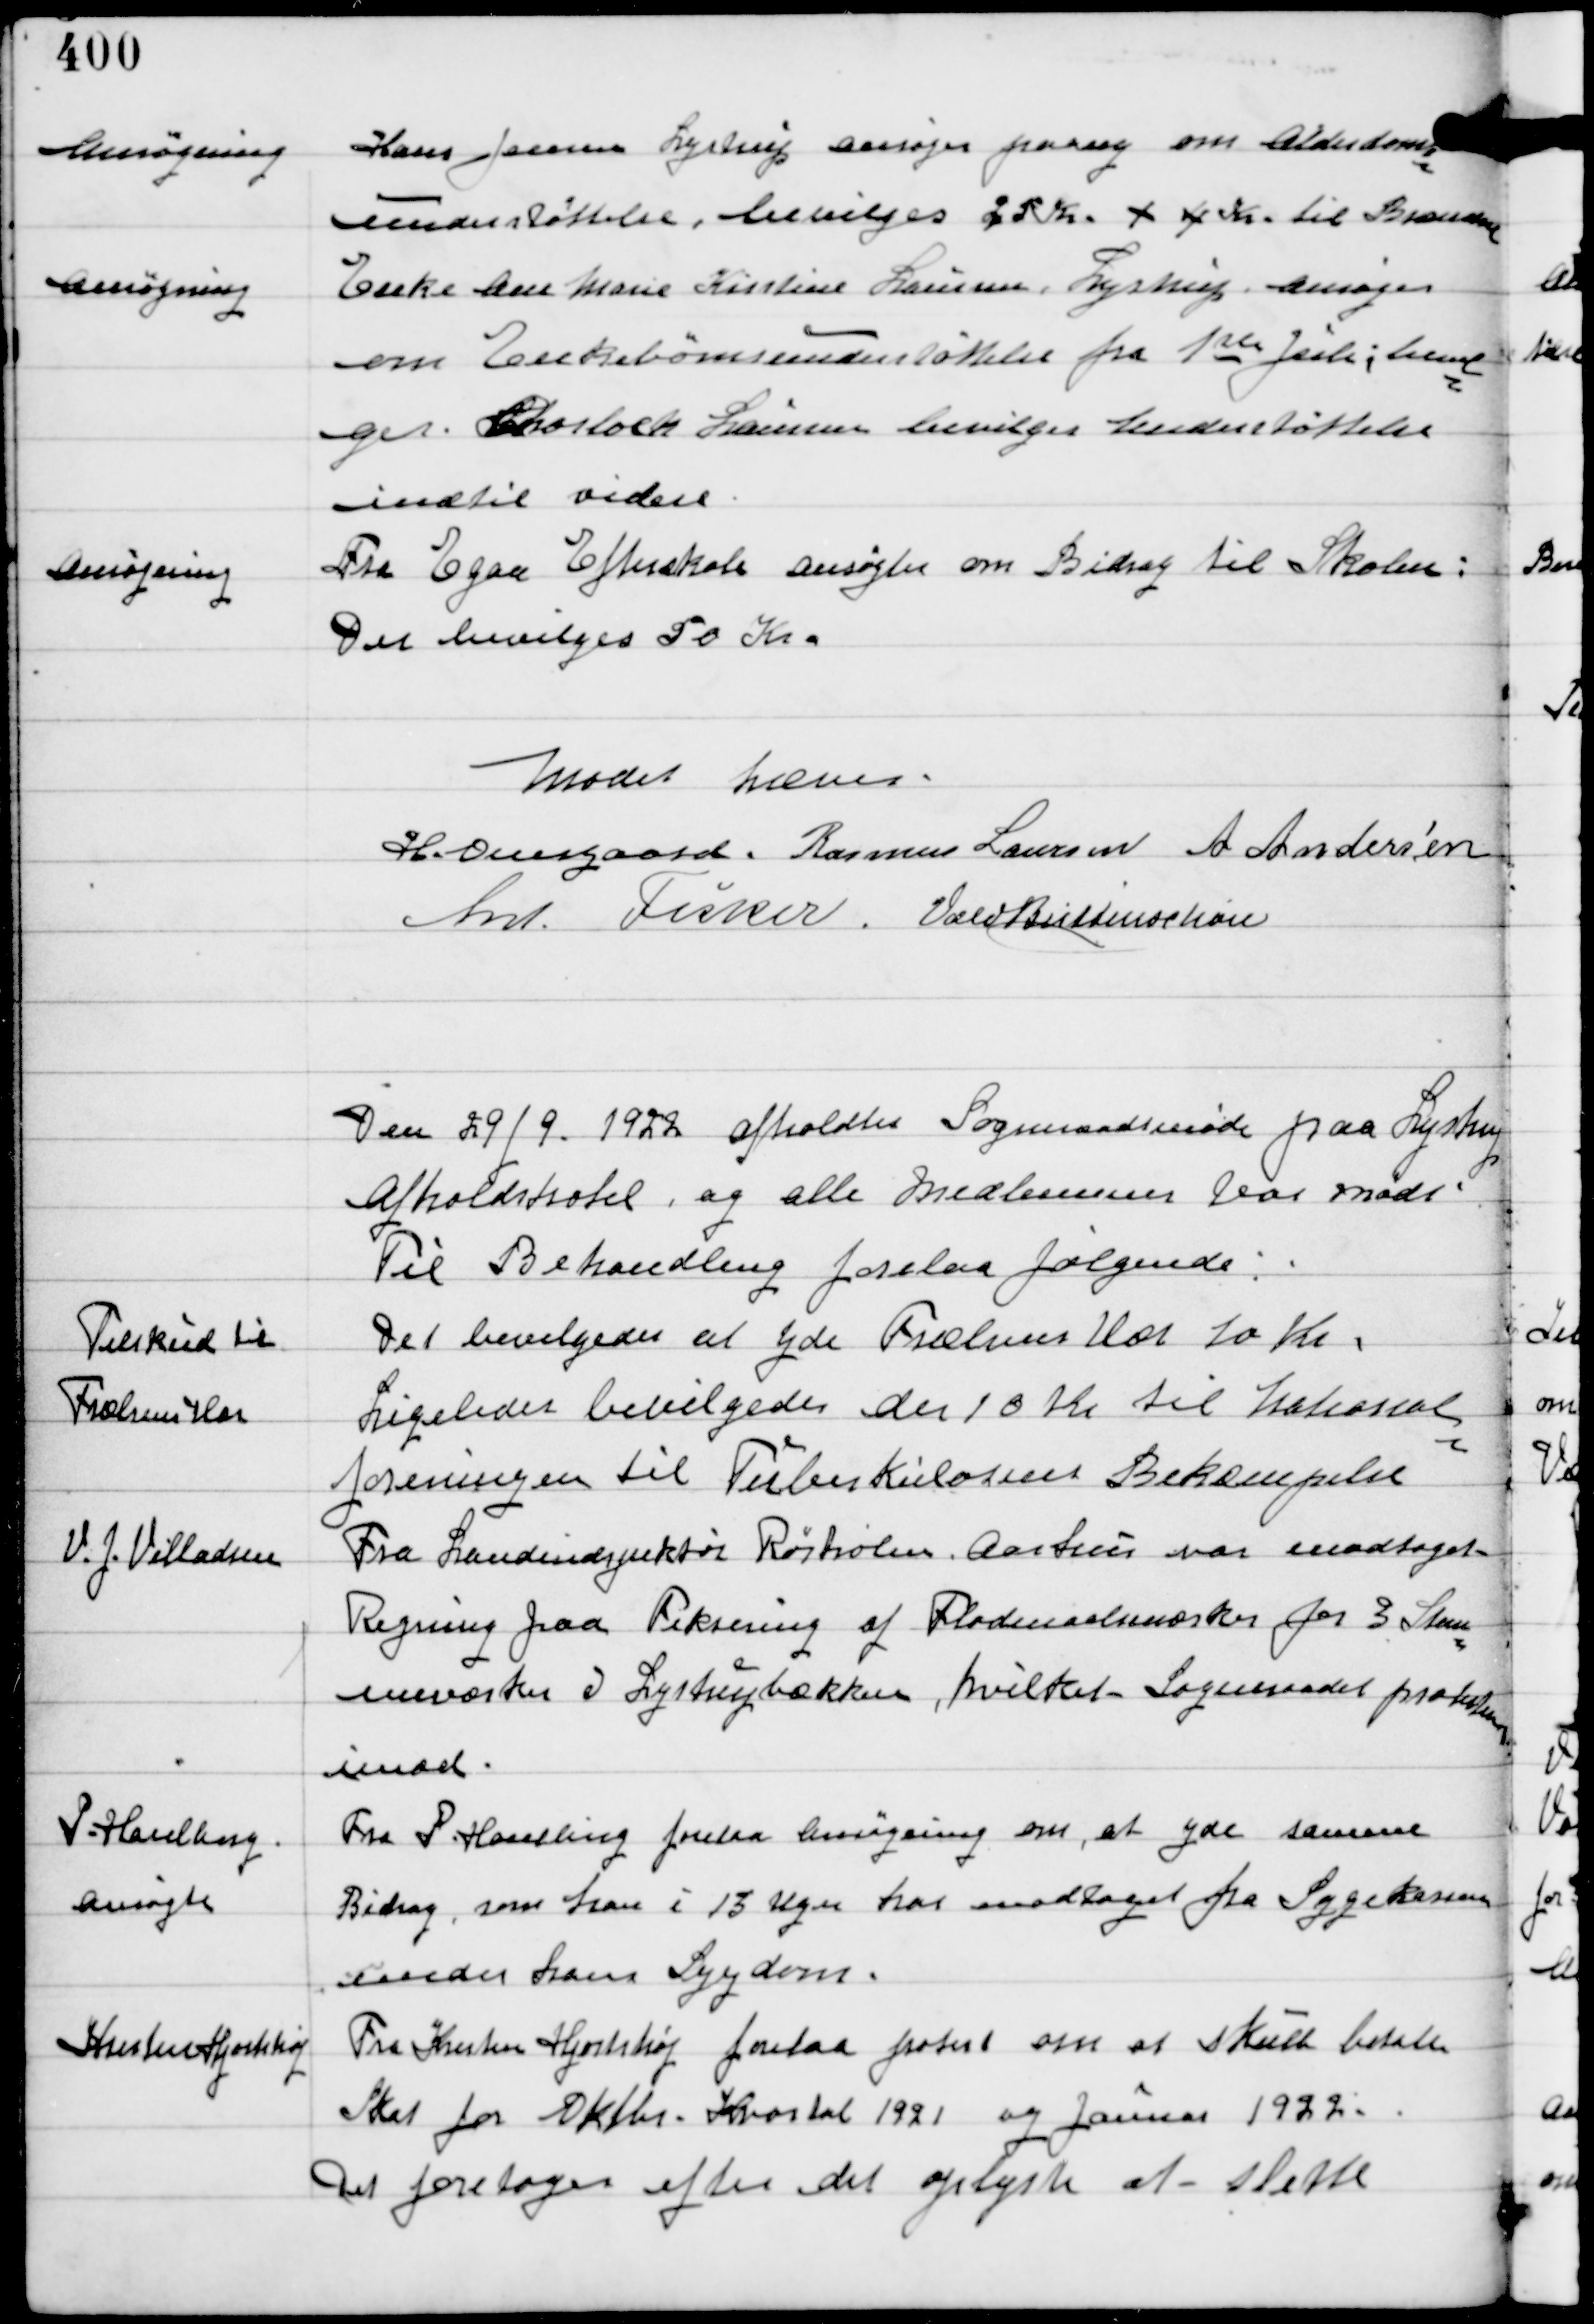
Transskription:
Ansøgning

Hans Jensen Lystrup ansøger paany om Alderdoms-
understøttelse, bevilges 25 Kr + 4 Kr til Brændsel

Ansøgning

Enke Ane Marie Kirstine Laursen, Lystrup ansøger
om Enkebørneunderstøttelse fra 1ste Juli; bevil-
ges Shosloch Laursen bevilges Understøttelse
indtil videre.

Ansøgning

Fra Egaa Efterskole ansøgtes om Bidrag til Skolen:
Der bevilges 50 Kr.

Mødet hævet
H. Overgaard. Rasmus Laursen A Andersen
Ant. Fisker. Vald Buttenschøn

Den 29/9 1922 afholdtes Sogneraadsmøde paa Lystrup
Afholdshotel, og alle Medlemmer var mødt.
Til Behandling forelaa følgende

Tilskud til
Frælsens Hær

Det bevilgedes at yde Frælsens Hær 10 kr.
Ligeledes bevilgedes der 10 Kr til National-
foreningen til Tuberkulosens Bekæmpelse

V. J. Villadsen

Fra Landinspektør Røsholm Aarhus var modtaget
Regning paa Fiksering af Flodmaalsmærker for 3 Stem-
meværker i Lystrupbækken, hvilket Sogneraadet protesterede
imod.

P. Haselberg
ansøgte

Fra P Haselberg forelaa Ansøgning om, at yde samme
Bidrag, som han i 13 Uger har modtaget fra Sygekassen
under hans Sygdom.

Kresten Hjortshøj

Fra Kresten Hjortshøj forelaa protest om at skulle betale
Skat fra Oktbr Kvartal 1921 og Januar 1922.
Det foretoges efter det oplyste at slette